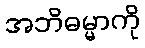
အဘိဓမ္မာကို